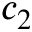
c _ { 2 }